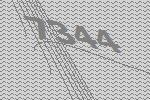
7344